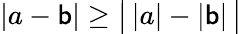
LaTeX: |a-\mathsf{b}|\geq{\big|}\, |a|-|\mathsf{b}|\, {\big|}